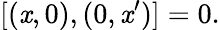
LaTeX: [(\mathit{x},0),(0,\mathit{x}^{\prime})]=0.